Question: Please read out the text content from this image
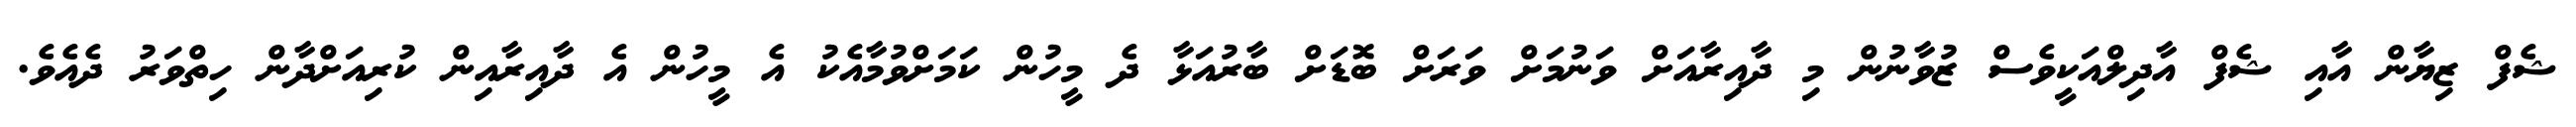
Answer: ޝެފް ޒިޔާން އާއި ޝެފް އާދިލްއަކީވެސް ޒުވާނުން މި ދާއިރާއަށް ވަނުމަށް ވަރަށް ބޮޑަށް ބާރުއަޅާ ދެ މީހުން ކަމަށްވުމާއެކު އެ މީހުން އެ ދާއިރާއިން ކުރިއަށްދާން ހިތްވަރު ދެއެވެ.